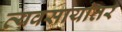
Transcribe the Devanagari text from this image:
व्यवसायांतर